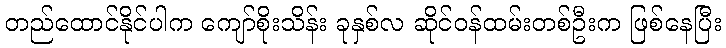
တည်ထောင်နိုင်ပါက ကျော်စိုးသိန်း ခုနှစ်လ ဆိုင်ဝန်ထမ်းတစ်ဦးက ဖြစ်နေပြီး